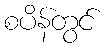
စပိန်တွင်